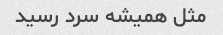
مثل همیشه سرد رسید